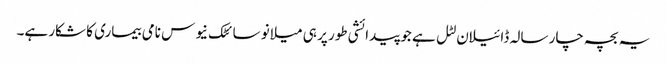
یہ بچہ چار سالہ ڈائیلان لٹل ہے جو پیدائشی طور پر ہی میلانو سائٹک نیوس نامی بیماری کا شکار ہے۔